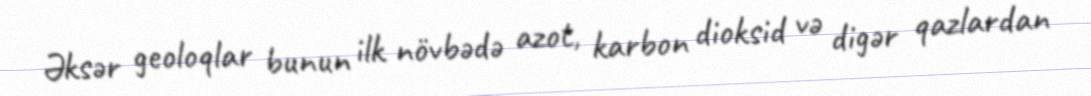
Əksər geoloqlar bunun ilk növbədə azot, karbon dioksid və digər qazlardan